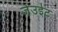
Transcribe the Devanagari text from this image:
जेउईट